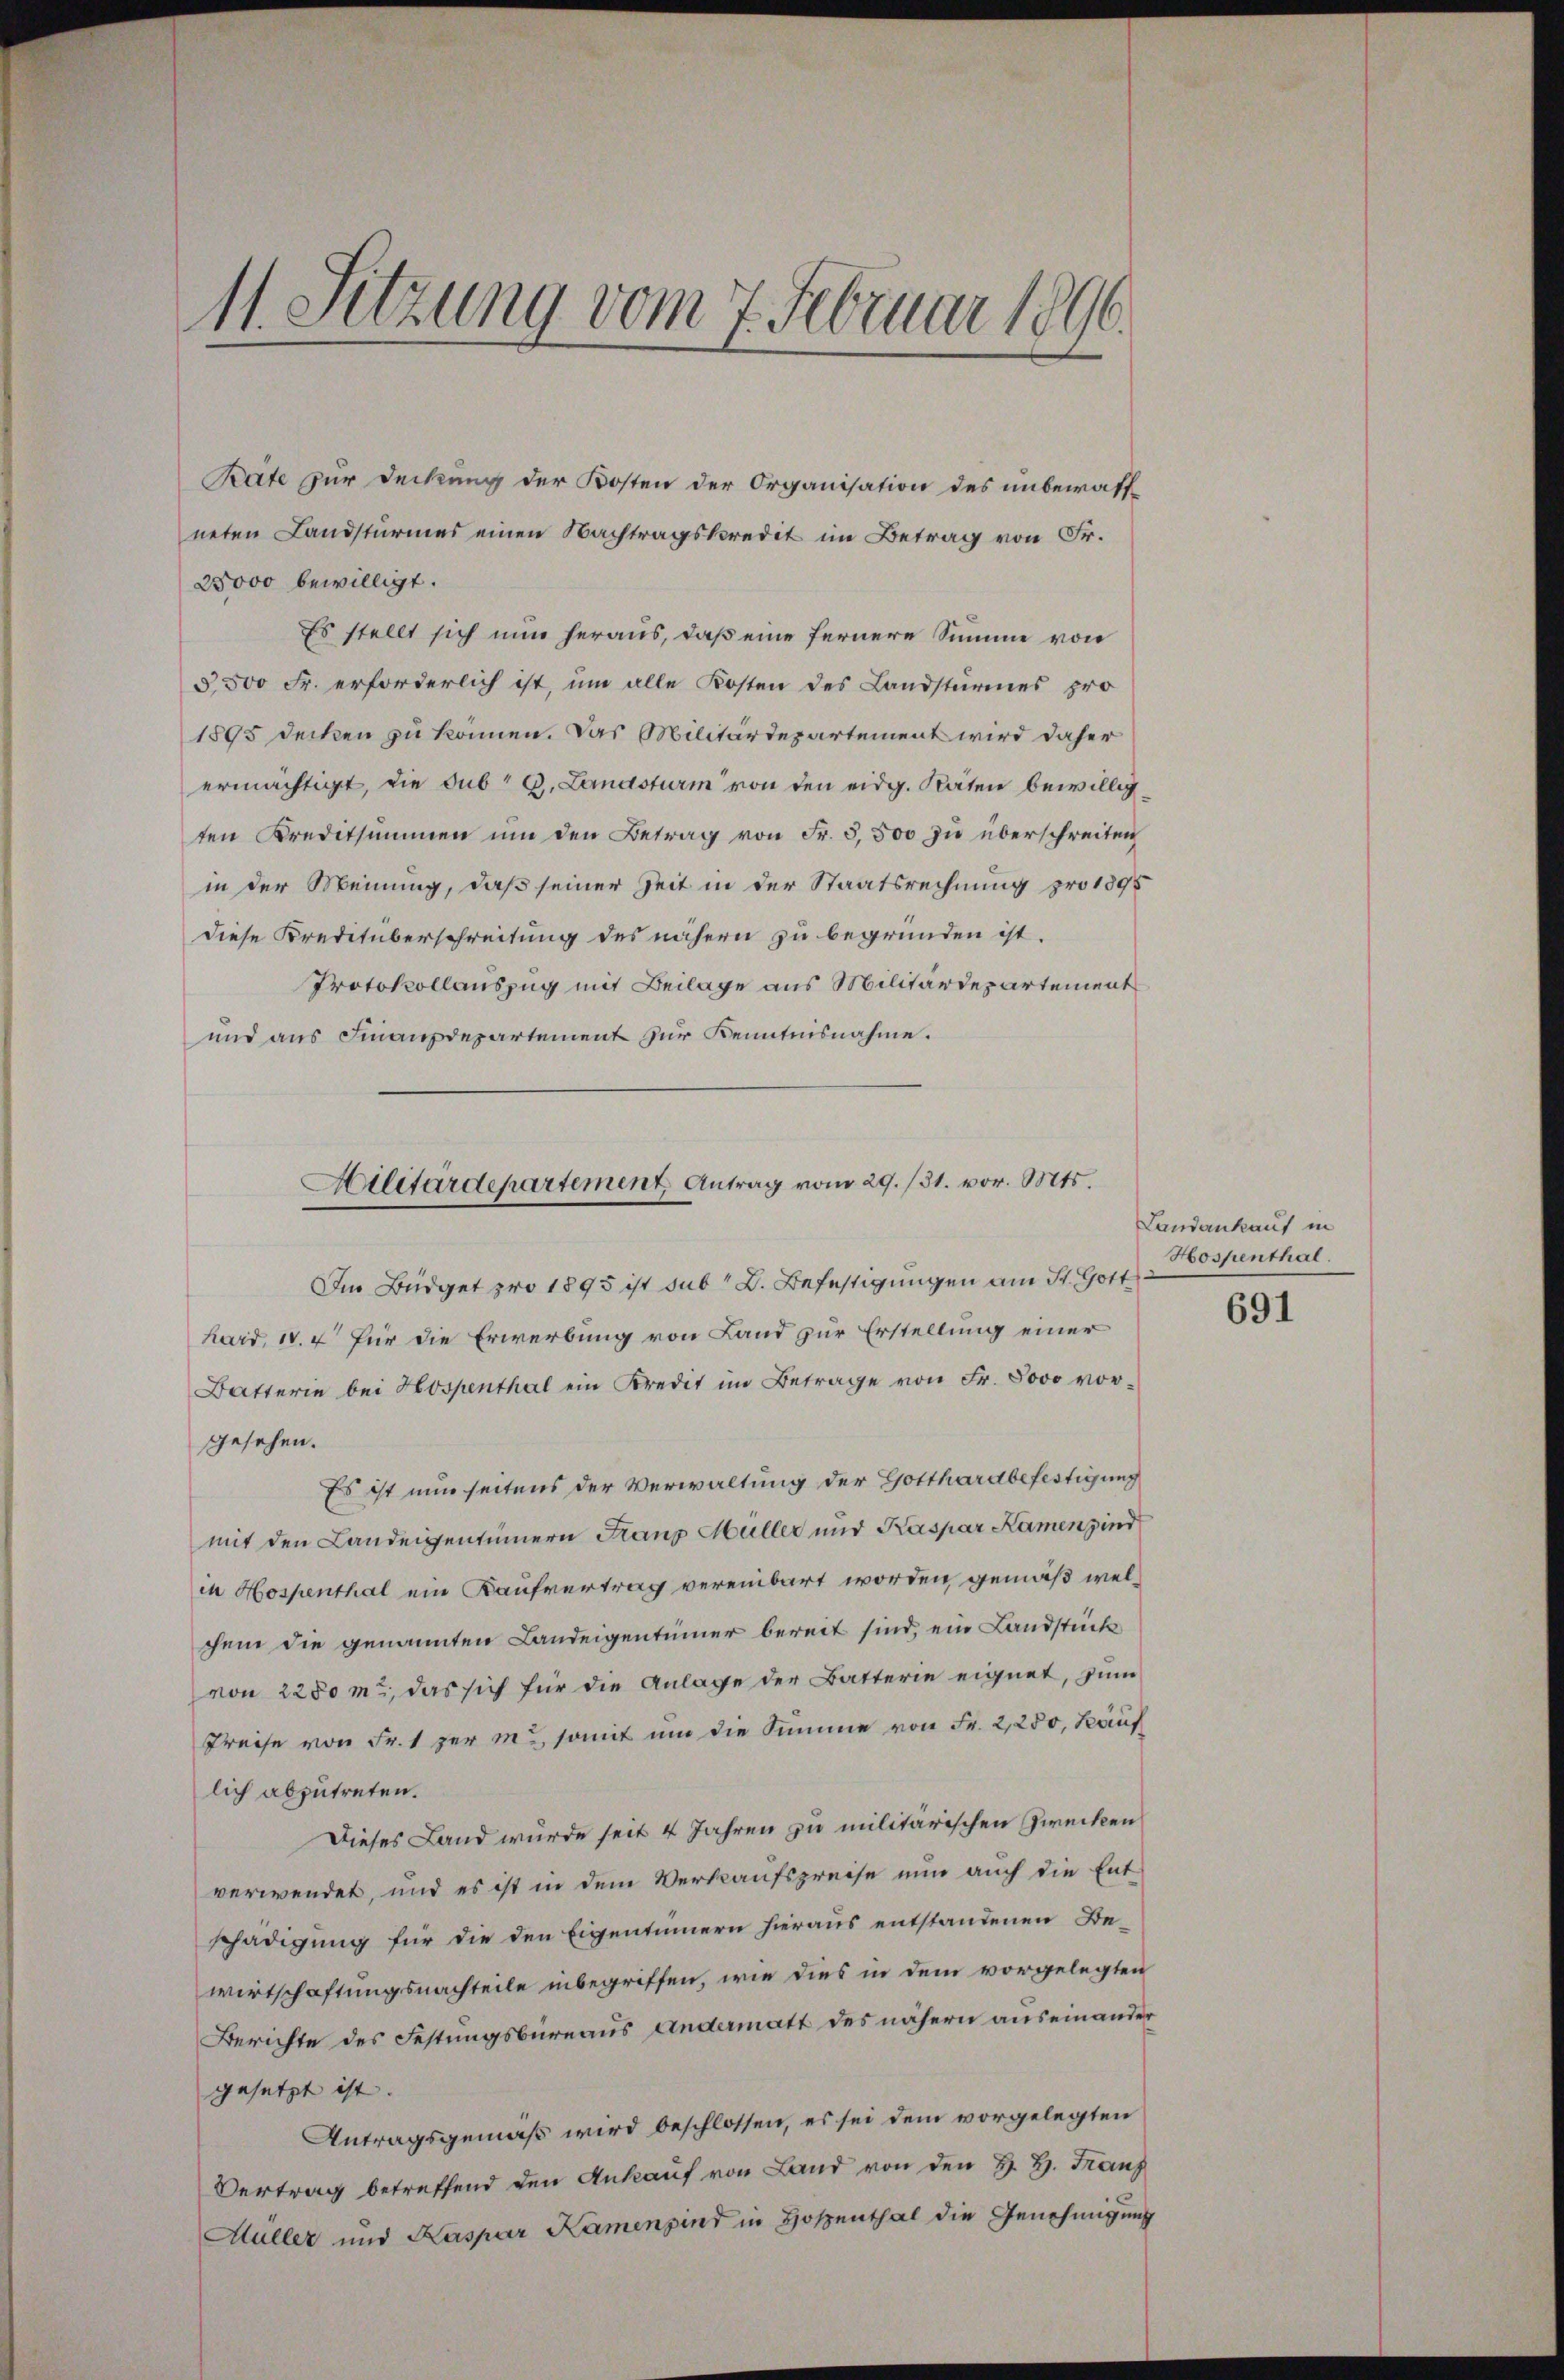
11. Setzung vom 7. Februar 1896.

Rate zur Deckung der Kosten der Organisation des unbewaff
neten Landsturmes einen Nachtragskredit im Betrag von Fr.
25000 bewilligt.
Es stellt sich nun heraus, daß eine fernere Summe von
5,500 Fr. erforderlich ist, um alle Kosten des Landsturmes pro
1895 decken zu können. Das Militärdepartement wird daher
ermächtigt, die sub A. Landsturm von den eidg. Räten bewillig
ten Kreditsummen um den Betrag von Fr. 5,500 zu überschreiten
in der Meinung, daß seiner Zeit in der Staatsrechnung pro 1895
diese Kreditüberschreitung des nähern zu begründen ist.
Protokollauszug mit Beilage aus Militärdepartement
und aus Finanzdepartement zur Kenntnisnahme.
Im Büdget pro 1895 ist sub D. Befestigungen am St. Gott
hard, 1. 4 für die Erwerbung von Land zur Erstellung einer
Batterin bei Hospenthal ein Kredit im Betrage von Fr. 8000 vorgesehen.
Es ist nun seitens der Verwaltung der Gotthardbefestigung
mit den Landeigentümern Franz Müller nur Kaspar Kamen sind
in Hospenthal ein Kaufvertrag vereinbart worden gemäß welchem die genannten Landeigentümer bereit sind, ein Landstück
von 2280m, das sich für die Anlage der Batterie eignet, zum
Preise von Fr. 1 per m., somit um die Summe von Fr. 2,250, Käuf
lich abzutreten.
Dieses Land würde seit 4 Jahren zu militärischen Zwecken
verwendet, und es ist in dem Verkaufspreise nun auch die Entschädigung für die den Eigentümern hieraus entstandenen Bewirtschaftungsnachteile inbegriffen, wie dies in dem vorgelegten
Berichte des Festungsbüreaus andermatt des nähern auseinander
gesetzt ist.
Antragsgemäß wird beschlossen, es sei dem vorgelegten
Vertrag betreffend den Ankauf von Land von den H. H. Franz
Müller und Kaspar Kamensind in Hospenthal die Genehmigung

Ailitärdepartement Antrag vom 29. /31. vor. Mts.

Landankauf in
Hospenthal.

691